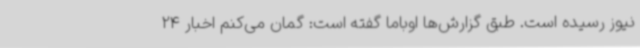
نیوز رسیده است. طبق گزارش‌ها اوباما گفته است: گمان می‌کنم اخبار 24